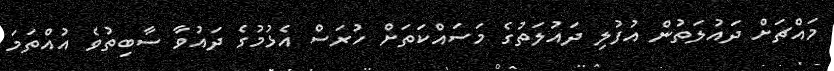
މައްޗަށް ދައުލަތުން އުފުލި ދައުލަތުގެ މަސައްކަތަށް ހުރަސް އެޅުމުގެ ދައުވާ ސާބިތުވެ އުއްތަމަ